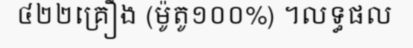
៤២២គ្រឿង (ម៉ូតូ១០០%) ។លទ្ធផល